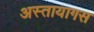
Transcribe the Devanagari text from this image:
अस्तायागस